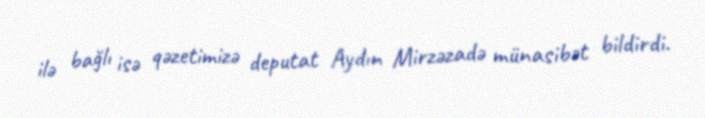
ilə bağlı isə qəzetimizə deputat Aydın Mirzəzadə münasibət bildirdi.